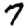
Digit: 7